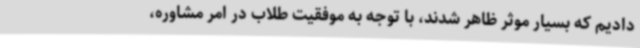
دادیم که بسیار موثر ظاهر شدند، با توجه به موفقیت طلاب در امر مشاوره،